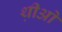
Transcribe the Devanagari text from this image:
थ़ीओ